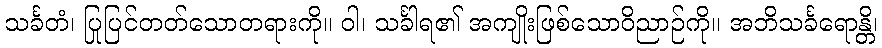
သင်္ခတံ၊ ပြုပြင်တတ်သောတရားကို။ ဝါ၊ သင်္ခါရ၏ အကျိုးဖြစ်သောဝိညာဉ်ကို။ အဘိသင်္ခရောန္တိ၊